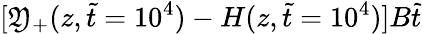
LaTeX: [\mathfrak{Y}_{+}(z,\tilde{{t}}=10^{4})-H(z,\tilde{{t}}=10^{4})]B\tilde{{t}}